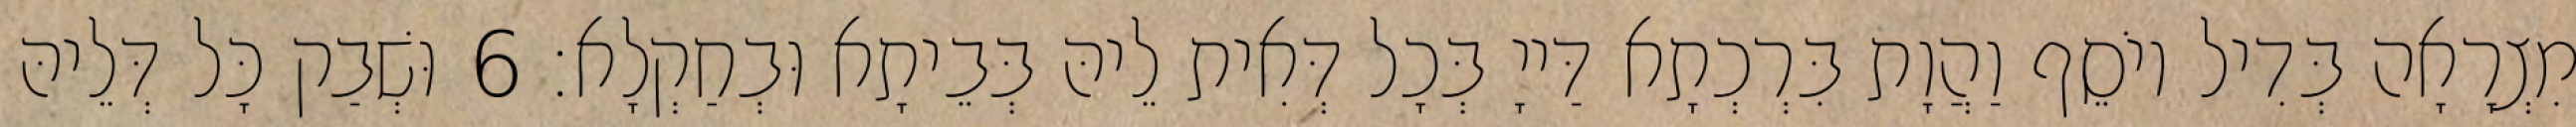
מִצְרָאָה בְּדִיל יוֹסֵף וַהֲוָת בִּרְכְתָא דַּייָ בְּכָל דְּאִית לֵיהּ בְּבֵיתָא וּבְחַקְלָא׃ 6 וּשְׁבַק כָּל דְּלֵיהּ